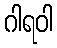
ဂါရဝါ